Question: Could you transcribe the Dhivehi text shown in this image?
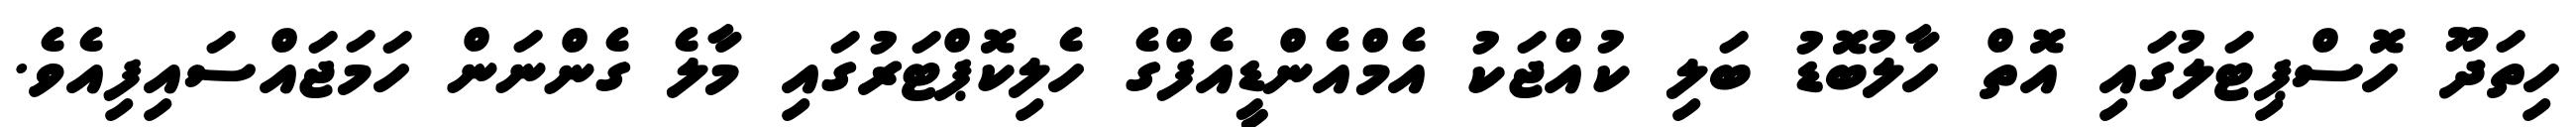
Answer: ހިތަދޫ ހޮސްޕިޓަލުގައި އޮތް ހާލުބޮޑު ބަލި ކުއްޖަކު އެމްއެންޑީއެފްގެ ހެލިކޮޕްޓަރުގައި މާލެ ގެންނަން ހަމަޖައްސައިފިއެވެ.